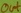
Text: Out